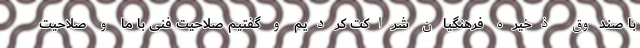
با صندوق ذخیره فرهنگیان شراکت کردیم و گفتیم صلاحیت فنی با ما و صلاحیت